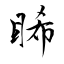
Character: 睎